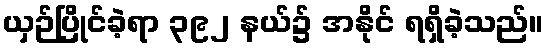
ယှဉ်ပြိုင်ခဲ့ရာ ၃၉၂ နယ်၌ အနိုင် ရရှိခဲ့သည်။